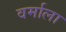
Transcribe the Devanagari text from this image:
वर्माला